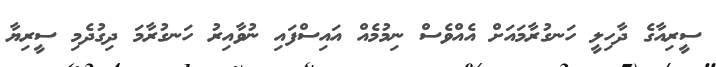
ސީރިއާގެ ދާހިލީ ހަނގުރާމައަށް އެއްވެސް ނިމުމެއް އައިސްފައި ނުވާއިރު ހަނގުރާމަ ދިގުދެމި ސީރިޔާ